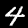
Digit: 4